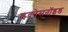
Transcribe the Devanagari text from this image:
इकोसनॉइड